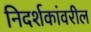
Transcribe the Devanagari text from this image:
निदर्शकांवरील